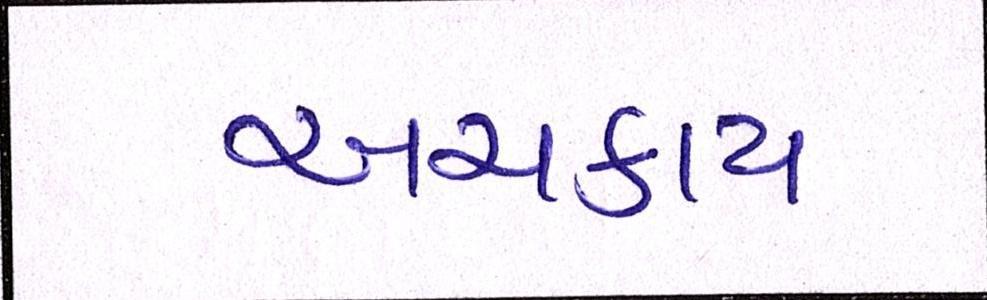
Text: અચકાય